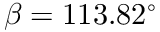
\beta = 1 1 3 . 8 2 ^ { \circ }